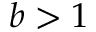
b > 1